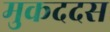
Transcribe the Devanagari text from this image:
मुकददस